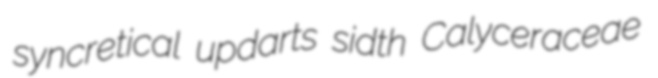
syncretical updarts sidth Calyceraceae